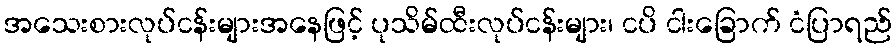
အသေးစားလုပ်ငန်းများအနေဖြင့် ပုသိမ်ထီးလုပ်ငန်းများ၊ ငပိ ငါးခြောက် ငံပြာရည်